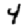
Digit: 4